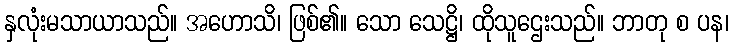
နှလုံးမသာယာသည်။ အဟောသိ၊ ဖြစ်၏။ သော သေဋ္ဌိ၊ ထိုသူဌေးသည်။ ဘာတု စ ပန၊